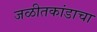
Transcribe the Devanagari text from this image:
जळीतकांडाचा